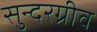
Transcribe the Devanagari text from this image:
सुन्दरग्रीव